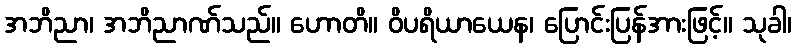
အဘိညာ၊ အဘိညာဏ်သည်။ ဟောတိ။ ဝိပရိယာယေန၊ ပြောင်းပြန်အားဖြင့်။ သုခါ၊